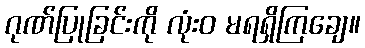
ဂုဏ်ပြုခြင်းကို လုံးဝ မရရှိကြချေ။